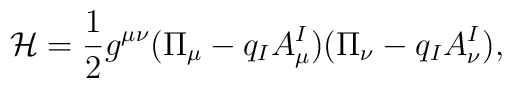
\mathcal{H} = \frac 12 g^{\mu\nu}(\Pi_{\mu} - q_I A^I_{\mu}) (\Pi_{\nu} -q_I A^I_{\nu}),